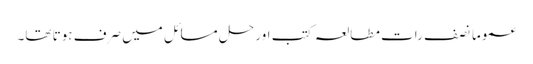
عموماً نصف رات مطالعہ کتب اور حل مسائل میں صرف ہوتا تھا۔